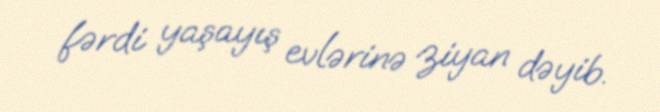
fərdi yaşayış evlərinə ziyan dəyib.